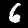
Label: 6